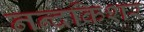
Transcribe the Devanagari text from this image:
नन्दकिशर